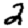
Digit: 2